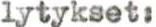
lytykset: